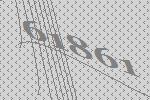
61861